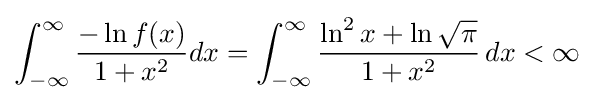
\int _{-\infty }^{\infty }{\frac {-\ln f(x)}{1+x^{2}}}dx=\int _{-\infty }^{\infty }{\frac {\ln ^{2}x+\ln {\sqrt {\pi }}}{1+x^{2}}}\,dx<\infty